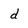
Character: d